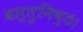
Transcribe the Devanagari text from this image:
वस्तुनिष्ठ।